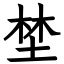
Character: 埜